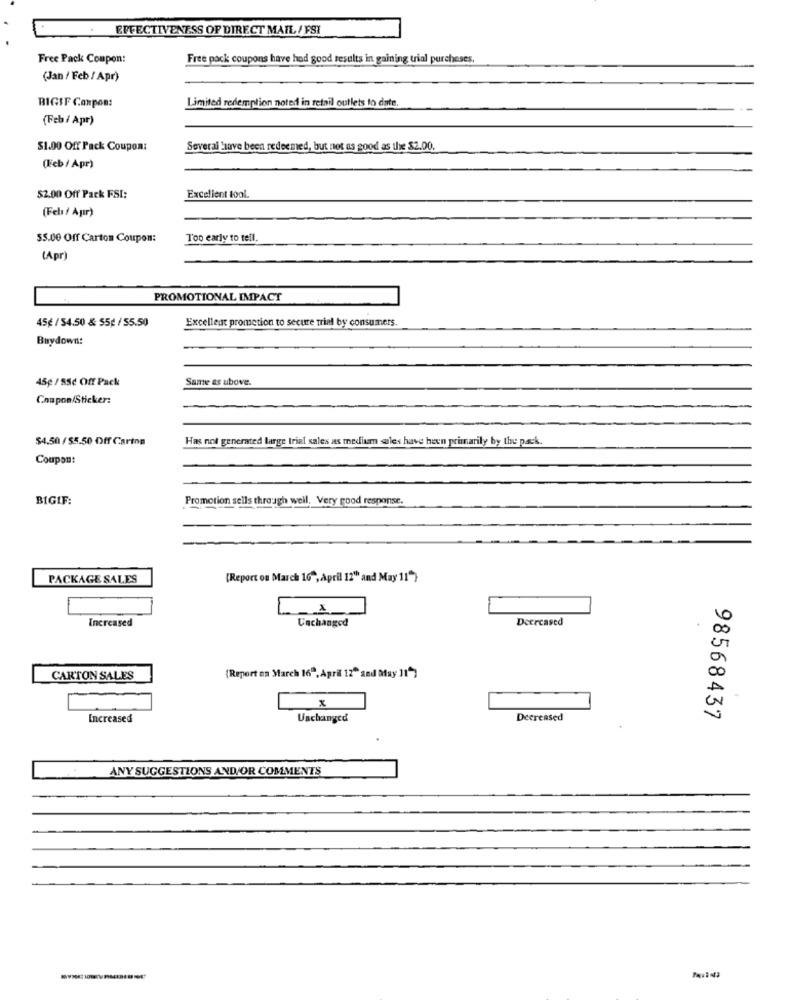
. EFFECTIVENESS OF DIRECT MAIL / FSI
Free Pack Coupon:
Free pack coupons have had good results in gaining trial purchases.
(Jan / Feb / Apr)
Limited redemption noted in retail outlets to date.
BIGIF Coupon:
(Feb/ Apr)
$1.00 Off Pack Coupon:
Several have been redeemed, but not as good as the $2.00.
(Feb / Apr)
$2.00 Off Pack FSI:
Excellent tool.
(Fel / Apır)
$5.00 Off Carton Coupon:
Too early to tell.
(Apr)
PROMOTIONAL IMPACT
Excellent promotion to secure trial by consumers.
45¢ / 54.50 & 55g / 55.50
Buydown:
Same es ubove.
45¢ / 85c Off Pack
Coupon/Sticker:
$4,50 / $5.50 Off Carton
Has not generated large trial sales as medium wles have been primarily by the pack.
Coupon:
BIGIF:
Promotion sells through well. Very good response.
PACKAGE SALES
[Report on March 16", april 12" and May 11"}
Increased
Decreased
Unchanged
CARTON SALES
(Report on March 16", April 12" and May 11*)
x
Increased
Uschanged
Decreased
98568437
ANY SUGGESTIONS AND/OR COMMENTS